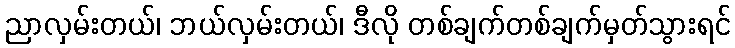
ညာလှမ်းတယ်၊ ဘယ်လှမ်းတယ်၊ ဒီလို တစ်ချက်တစ်ချက်မှတ်သွားရင်